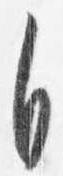
自